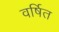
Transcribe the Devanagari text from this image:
वर्षित